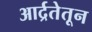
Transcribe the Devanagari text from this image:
आर्द्रतेतून